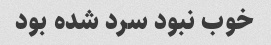
خوب نبود سرد شده بود